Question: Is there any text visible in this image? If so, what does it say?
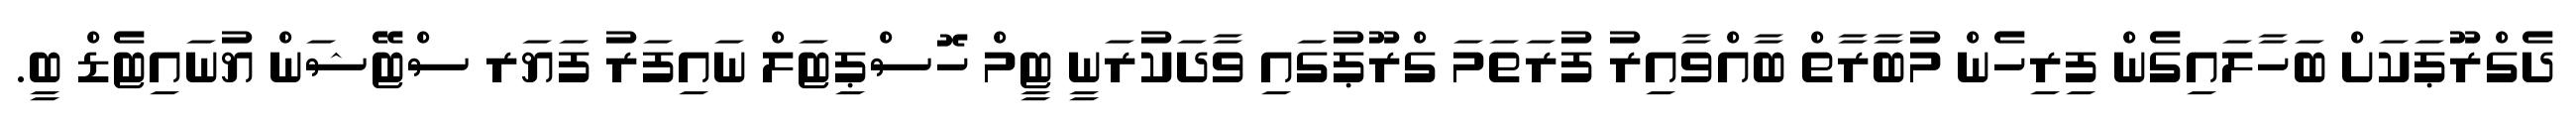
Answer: ދެގްރޫޕަކަށް ބަހާލައިގެން ފިރިހެން މުބާރާތް ބާއްވާއިރު ފުރަތަމަ ގްރޫޕުގައި ވާދަކުރަނީ ޓީމް ހޮސްޕިޓަލް ނައިފަރު ފަޔަރ ސްޓޭޝަން ޔުނައިޓެޑް ބީ.